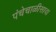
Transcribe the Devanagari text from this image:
पंचेचाळीसावा